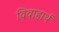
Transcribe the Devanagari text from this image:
विवाहार्थ